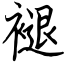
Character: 褪